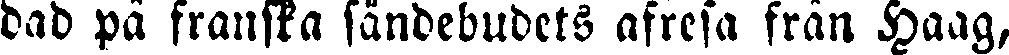
dad på franska sändebudets afresa från Haag,